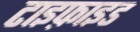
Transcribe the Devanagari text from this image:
टाइफ़ाइड